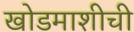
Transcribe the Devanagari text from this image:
खोडमाशीची